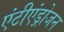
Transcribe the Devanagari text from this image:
एंटीएंड्रोजन